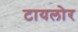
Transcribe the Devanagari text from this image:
टायलोर